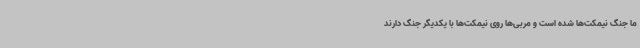
ما جنگ نیمکت‌ها شده است و مربی‌ها روی نیمکت‌ها با یکدیگر جنگ دارند